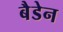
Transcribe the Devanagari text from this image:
बैडेन